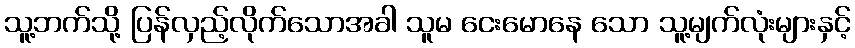
သူ့ဘက်သို့ ပြန်လှည့်လိုက်သောအခါ သူမ ငေးမောနေ သော သူ့မျက်လုံးများနှင့်